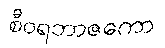
စီဝရဘာဇကော